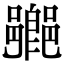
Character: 𨞰